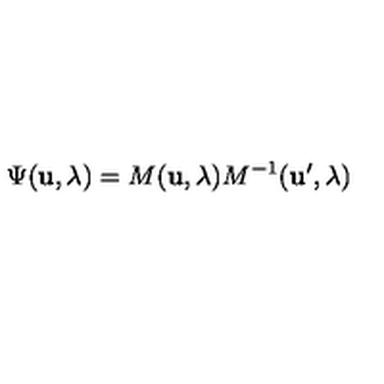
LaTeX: \Psi ( { \bf u } , \lambda ) = M ( { \bf u } , \lambda ) M ^ { - 1 } ( { \bf u ^ { \prime } } , \lambda )